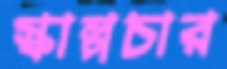
স্কাল্পচার